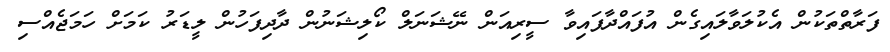
ފަރާތްތަކުން އެކުލަވާލައިގެން އުފައްދާފައިވާ ސީރިއަން ނޭޝަނަލް ކޯލިޝަނުން ދާދިފަހުން ލީޑަރު ކަމަށް ހަމަޖެއްސި